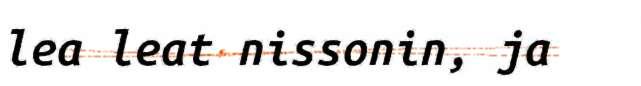
lea leat nissonin, ja